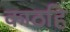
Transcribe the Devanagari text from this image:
काठहि